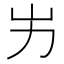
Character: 屴